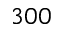
3 0 0